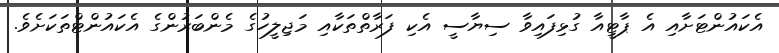
އެކައުންޓަށާއި އެ ޕާޓީއާ ގުޅިފައިވާ ސިޔާސީ އެކި ފަރާތްތަކާއި މަޖިލީހުގެ މެންބަރުންގެ އެކައުންޓްތަކަށެވެ.